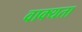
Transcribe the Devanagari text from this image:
वाक्यता